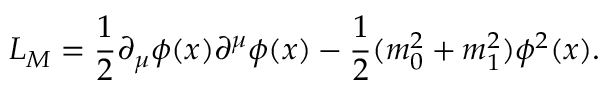
{ \cal L } _ { M } = \frac { 1 } { 2 } \partial _ { \mu } \phi ( x ) \partial ^ { \mu } \phi ( x ) - \frac { 1 } { 2 } ( m _ { 0 } ^ { 2 } + m _ { 1 } ^ { 2 } ) \phi ^ { 2 } ( x ) .